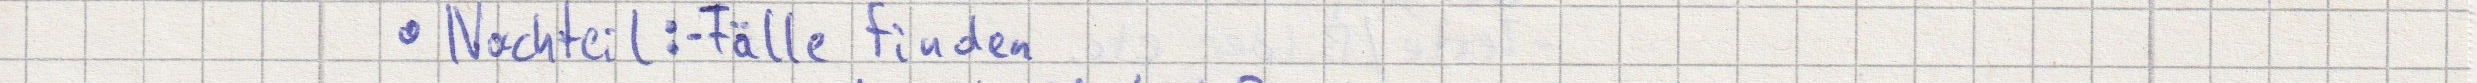
- Nachteil: - Fälle finden